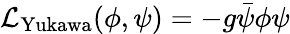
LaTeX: {\mathcal{L}}_{\mathrm{Yukawa}}(\phi,\psi)=-g{\bar{\psi}}\phi\psi